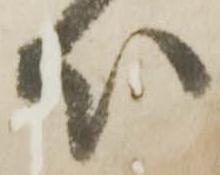
い